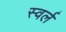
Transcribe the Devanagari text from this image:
स्वर्ल